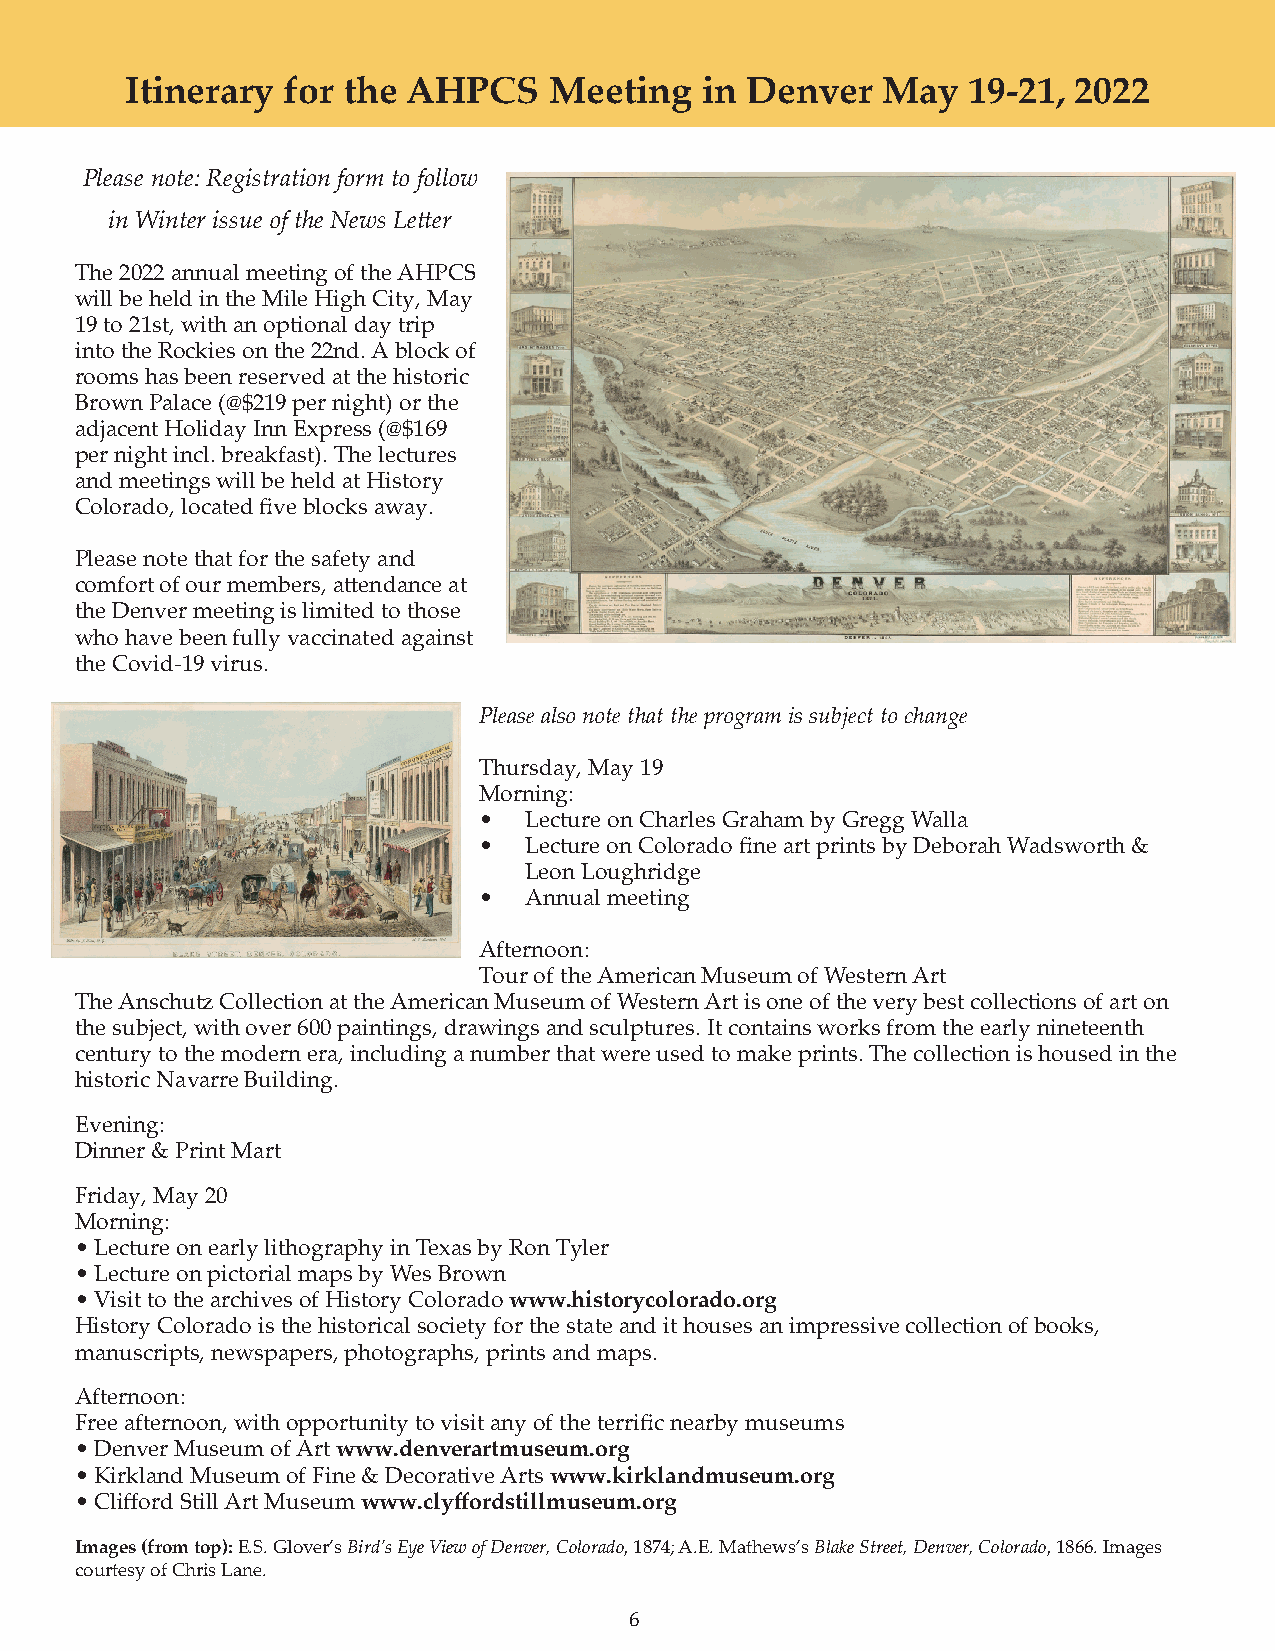
Itinerary  for the AHPCS    Meeting   in Denver   May   19-21, 2022
 Please note: Registration form to follow
 in Winter issue of the News Letter
 The 2022 annual meeting of the AHPCS
 will be held in the Mile High City, May
 19 to 21st, with an optional day trip
 into the Rockies on the 22nd. A block of
 rooms has been reserved at the historic
 Brown Palace (@$219 per night) or the
 adjacent Holiday Inn Express (@$169
 per night incl. breakfast). The lectures
 and meetings will be held at History
 Colorado, located five blocks away.
 Please note that for the safety and
 comfort of our members, attendance at
 the Denver meeting is limited to those
 who have been fully vaccinated against
 the Covid-19 virus.
 Please also note that the program is subject to change
 Thursday, May 19
 Morning:
 •  Lecture on Charles Graham by Gregg Walla
 •  Lecture on Colorado fine art prints by Deborah Wadsworth &
 Leon Loughridge
 •  Annual meeting
 Afternoon:
 Tour of the American Museum of Western Art
 The Anschutz Collection at the American Museum of Western Art is one of the very best collections of art on
 the subject, with over 600 paintings, drawings and sculptures. It contains works from the early nineteenth
 century to the modern era, including a number that were used to make prints. The collection is housed in the
 historic Navarre Building.
 Evening:
 Dinner & Print Mart
 Friday, May 20
 Morning:
 • Lecture on early lithography in Texas by Ron Tyler
 • Lecture on pictorial maps by Wes Brown
 • Visit to the archives of History Colorado www.historycolorado.org
 History Colorado is the historical society for the state and it houses an impressive collection of books,
 manuscripts, newspapers, photographs, prints and maps.
 Afternoon:
 Free afternoon, with opportunity to visit any of the terrific nearby museums
 • Denver Museum of Art www.denverartmuseum.org
 • Kirkland Museum of Fine & Decorative Arts www.kirklandmuseum.org
 • Clifford Still Art Museum www.clyffordstillmuseum.org
 Images (from top): E.S. Glover’s Bird’s Eye View of Denver, Colorado, 1874; A.E. Mathews’s Blake Street, Denver, Colorado, 1866. Images
 courtesy of Chris Lane.
 6